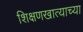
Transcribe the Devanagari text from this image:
शिक्षणखात्याच्या